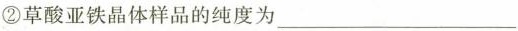
②草酸亚铁晶体样品的纯度为___